Leaving Certificate Examination, 1911
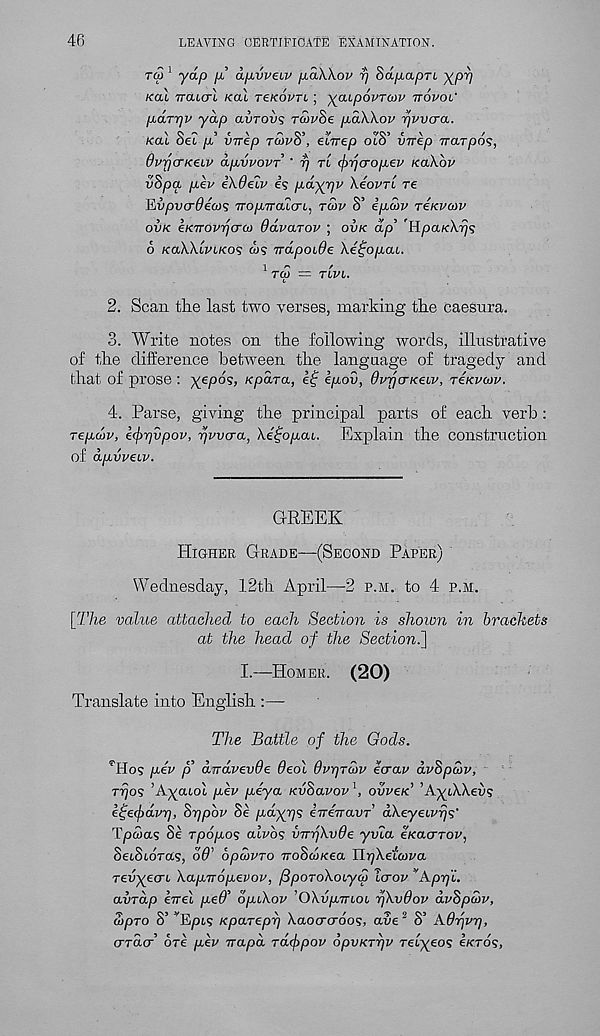
46
LEAVING CERTIFICATE EXAMINATION.
r<3 1 yap p apvveiv paWov p Sdp.apri y^py)
koI Tratcrt /cat tzkovti ; yaipovratv ttovol'
p^arr/v ydp avrovs rcovSe pbdWov r/vvcra.
/cat Set p? vnep rw^S’, eZvep otS’ v-rrep Trarpos,
OvrjCTKeiv dp^vvovT ' rj tl (jyrjcropev KaXbv
vSpa pev i\9eiv es p.dyrjv XeovrL re
Rvpvcrdecos Tro/ATratcrt, tS>v S’ ipidiv t4kvu)v
ovk eKTTOvpcrco ddvarov ; ovk dp’ 'Hpa/cX^s
6 /caXXtvt/co? a/s TrdpoiOe \e£op,ab.
1 ^
'
TOO = TIVl.
0
2. Scan the last two verses, marking the caesura.
3. Write notes on the following words, illustrative
of the difference between the language of tragedy and
that of prose : yepos, Kpdra, e£ kpov, dvrja-Kebv, reKvotv.
4-. Parse, giving the principal parts of each verb :
Tep,d>v, effyqvpov, pwcra, ke^opai. Explain the construction
of dpvveiv.
GREEK
Higher Grade—(Second Paper)
Wednesday, 12th April—-2 p.m. to 4 p.m.
[The value attached to each Section is shown in brackets
at the head of the Section.~\
I.—Homer. (20)
Translate into English :—
The Battle of the Gods.
Hlos pev p dirdyevOe 8eol Ovprcoy ecrav dvSpmv,
rrjos ’Ayatot pev peya KvSavov 1 , ovvck ’AyiWeu?
e^e(f)dvy], bppbv Se pdyrjs eireVai/r’ dkeyebvrjs'
Tpa/as Se rpopos alvbs vTrrfkvOe yvia e/cacrrov,
SetStoras, d6' opcovro TroSw/cea Il^Xetwva
revyecrt kapnopevov, (IpoTokoLyd laov * A. prji.
avrdp eirel peO’ dpikov ’OkvpTTbOL pkvBov dvSpcoy,
S>pTo 8’ v Ept5 Kparepr) kaocrcroos, ave 2 S’ A.6rjV7],
crracr’ ore pev napd rdcfapov opvKrrjv relyeos Iktos,